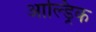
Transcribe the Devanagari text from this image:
आल्ड्रिक